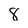
Character: 8